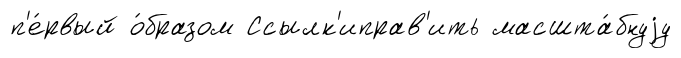
п'е́рвый о́бразом Ссылк'иправ'ить масшта́бнуjу